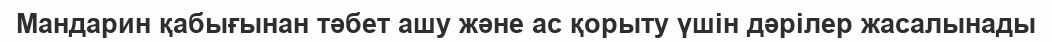
Мандарин қабығынан тәбет ашу және ас қорыту үшін дәрілер жасалынады